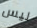
ليس